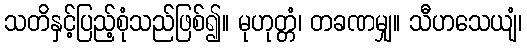
သတိနှင့်ပြည့်စုံသည်ဖြစ်၍။ မုဟုတ္တံ၊ တခဏမျှ။ သီဟသေယျံ၊